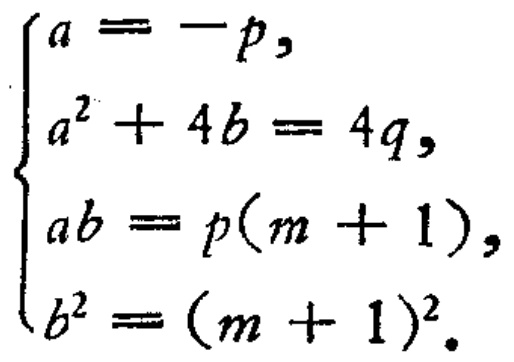
\[\begin{cases}

a=-p,\\

a^{2}+4b = 4q,\\

ab=p(m + 1),\\

b^{2}=(m + 1)^{2}.

\end{cases}\]